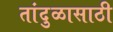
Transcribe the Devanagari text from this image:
तांदुळासाठी